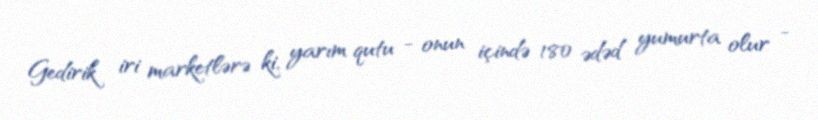
Gedirik iri marketlərə ki, yarım qutu - onun içində 180 ədəd yumurta olur -